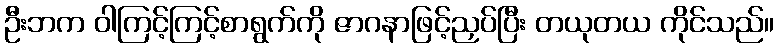
ဦးဘက ဝါကြင့်ကြင့်စာရွက်ကို ဇာဂနာဖြင့်ညှပ်ပြီး တယုတယ ကိုင်သည်။